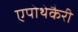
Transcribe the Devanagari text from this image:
एपोथेकैरी